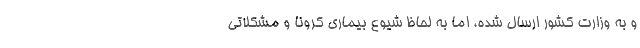
و به وزارت کشور ارسال شده، اما به لحاظ شیوع بیماری کرونا و مشکلاتی